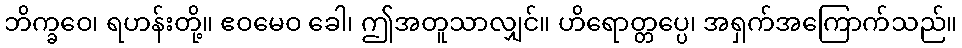
ဘိက္ခဝေ၊ ရဟန်းတို့။ ဧဝမေဝ ခေါ၊ ဤအတူသာလျှင်။ ဟိရောတ္တပ္ပေ၊ အရှက်အကြောက်သည်။